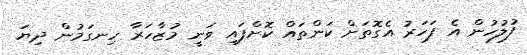
ފުލުހުން އެ ފަހަރު އެގޮތަށް ކަންތައް ކޮށްފައި ވަނީ މުޒާހަރާ ހިނގަމުން ދިޔަ